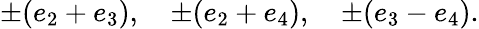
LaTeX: \pm(e_{2}+e_{3}),\quad\pm(e_{2}+e_{4}),\quad\pm(e_{3}-e_{4}).